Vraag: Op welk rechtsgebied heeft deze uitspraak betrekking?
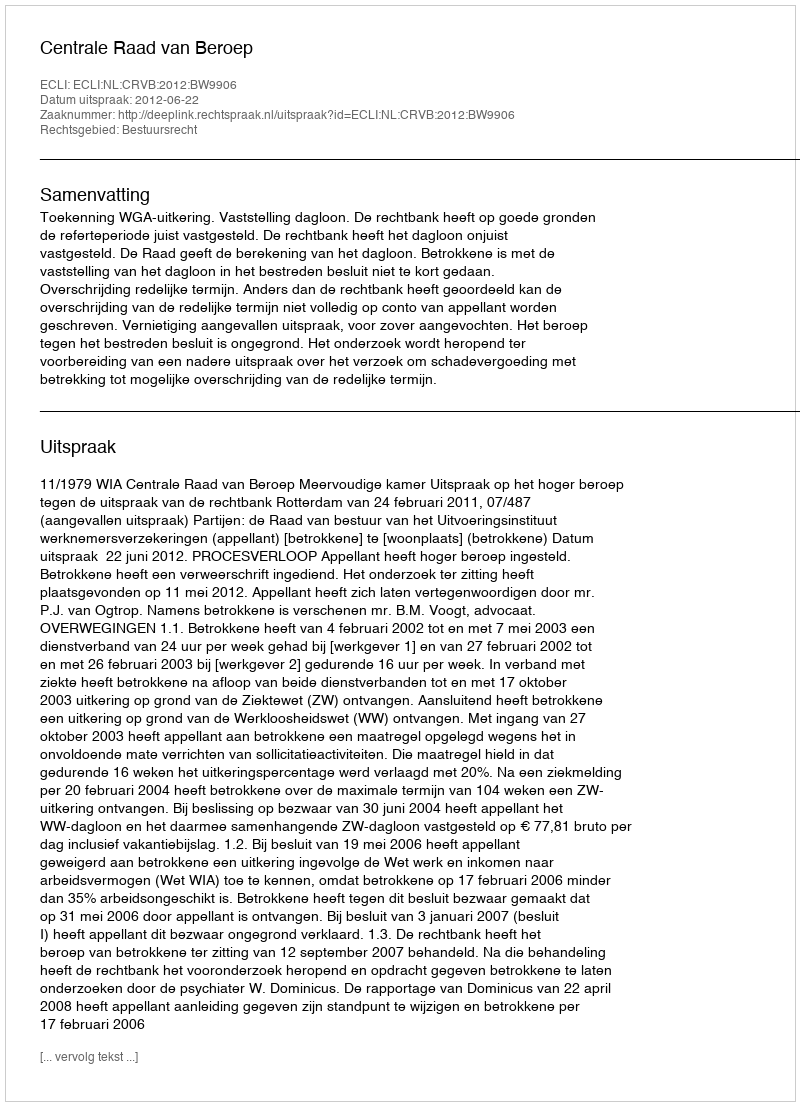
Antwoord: Bestuursrecht